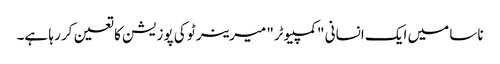
ناسا میں ایک انسانی "کمپیوٹر" میرینر ٹو کی پوزیشن کا تعین کر رہا ہے۔